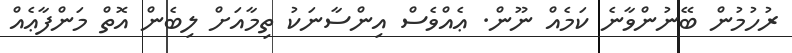
ރުހުމުން ބޭނުންވާނެ ކަމެއް ނޫން. ޢެއްވެސް އިންސާނަކު ތިމާއަށް ލިބެން އޮތް މަންފާޢެއް